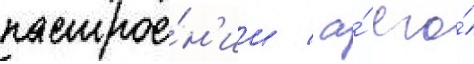
настрое́н'ии / а́ его́